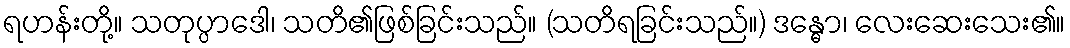
ရဟန်းတို့။ သတုပ္ပာဒေါ၊ သတိ၏ဖြစ်ခြင်းသည်။ (သတိရခြင်းသည်။) ဒန္ဓော၊ လေးဆေးသေး၏။